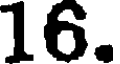
16.